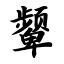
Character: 颦